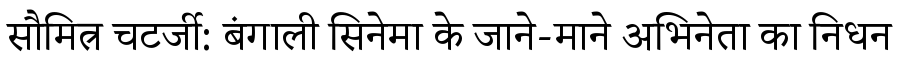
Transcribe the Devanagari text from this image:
सौमित्र चटर्जी: बंगाली सिनेमा के जाने-माने अभिनेता का निधन